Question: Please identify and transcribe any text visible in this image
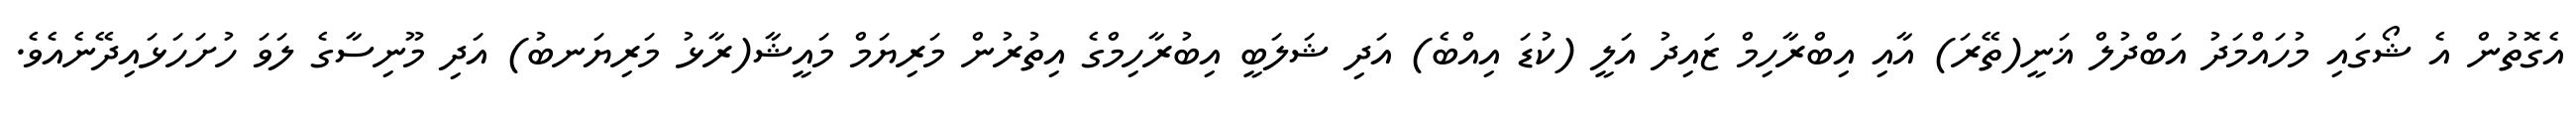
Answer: އެގޮތުން އެ ޝޯގައި މުހައްމަދު އަބްދުލް ޣަނީ(ތޭރަ) އާއި އިބްރާހިމް ޒައިދު އަލީ (ކުޑަ އިއްބެ) އަދި ޝަލަބީ އިބުރާހިމްގެ އިތުރުން މަރިޔަމް މައީޝާ(ރާޅު މަރިޔަނބު) އަދި މޫނިސާގެ ލަވަ ހުށަހަޅައިދޭނެއެވެ.